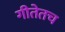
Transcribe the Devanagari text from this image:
गीतेतच